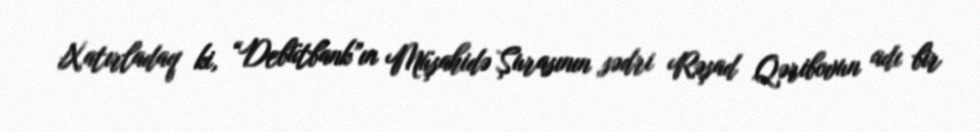
Xatırladaq ki, “Debütbank”ın Müşahidə Şurasının sədri Rəşad Qəribovun adı bir